Indian journal of veterinary science and animal husbandry - Volumes 18-21, 1948-1951
Year: 1948
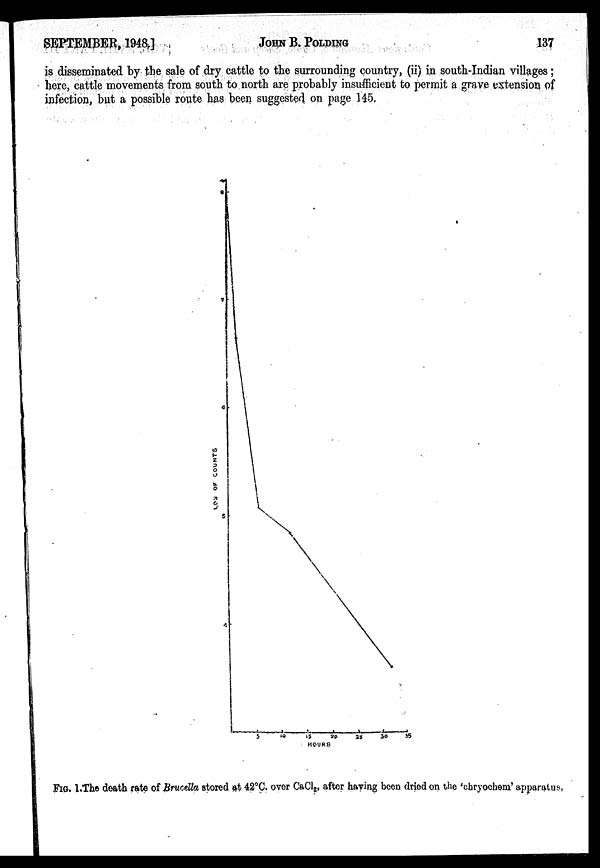
SEPTEMBER,
1948]
JOHN
B.
POLDING
137
is disseminated by the sale of dry cattle to the surrounding country, (ii) in south-Indian villages;
here, cattle movements from south to north are probably insufficient to permit a grave extension of
infection, but a possible route has been suggested on page 145.
FIG. 1.The death rate of Brucella stored at 42°C. over CaCl 2 , after having been dried on the 'chryochem' apparatus